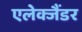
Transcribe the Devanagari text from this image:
एलेक्जैंडर